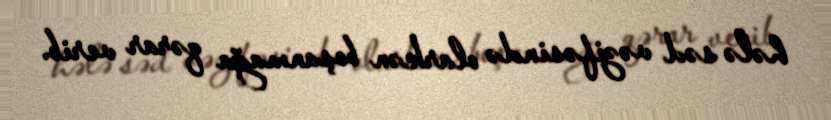
hələ səd vəzifəsində olarkən boşanmağa qərar verib.